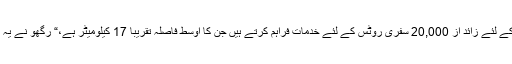
ہم روزانہ کے کام کے لئے زائد از 20,000 سفری روٹس کے لئے خدمات فراہم کرتے ہیں جن کا اوسط فاصلہ تقریباً 17 کیلومیٹر ہے،“ رگھو نے یہ اعداد و شمار بتائے۔